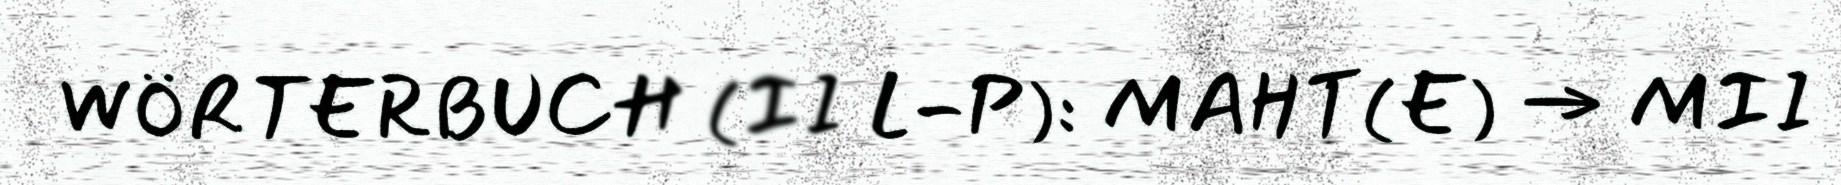
WÖRTERBUCH (II L-P): MAHT(E) → MII